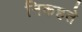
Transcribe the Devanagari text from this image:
निकहते